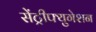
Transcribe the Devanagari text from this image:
सेंट्रीफ्युगेशन